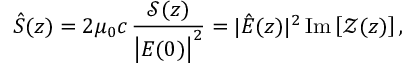
\hat { S } ( z ) = 2 \mu _ { 0 } c \, \frac { \mathcal { S } ( z ) } { \left| E ( 0 ) \right| ^ { 2 } } = | \hat { E } ( z ) | ^ { 2 } \, \mathrm { I m } \left[ \mathcal { Z } ( z ) \right] ,